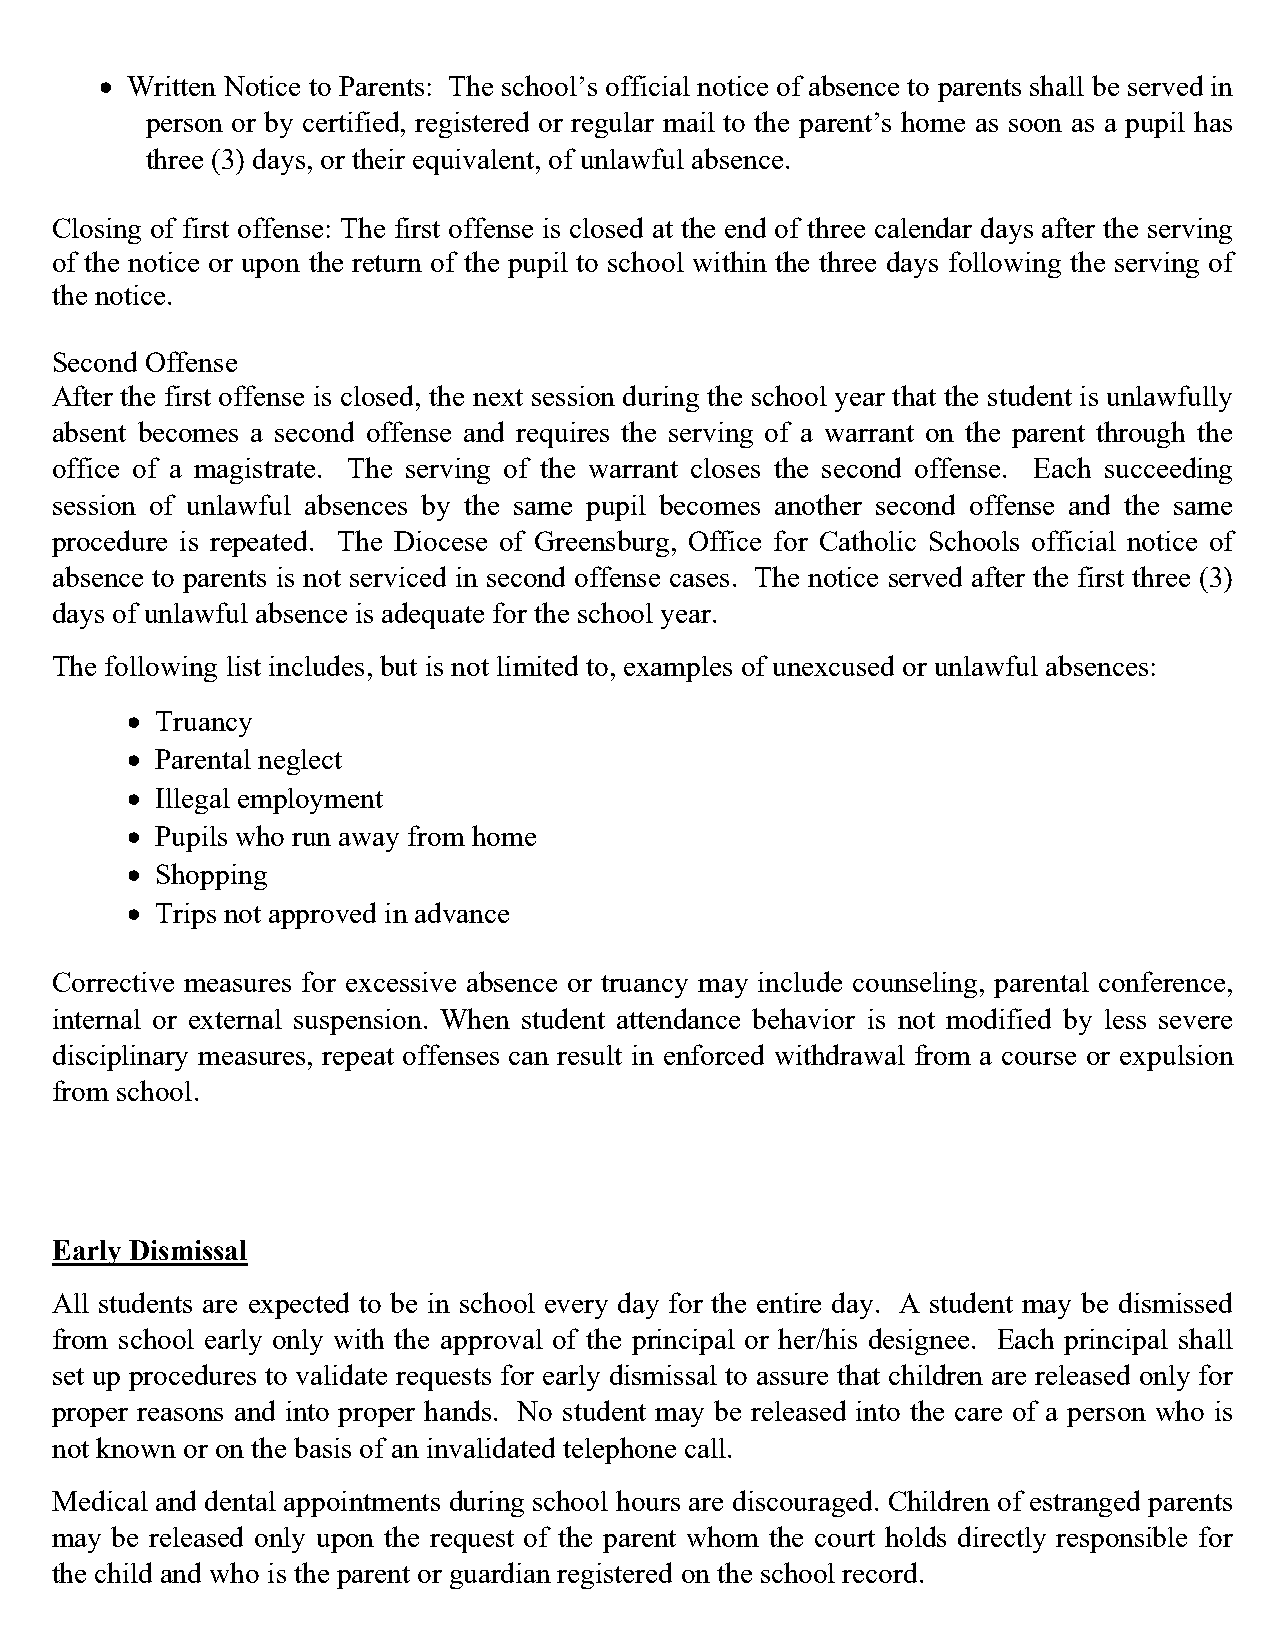
• Written Notice to Parents: The school’s official notice of absence to parents shall be served in
 person or by certified, registered or regular mail to the parent’s home as soon as a pupil has
 three (3) days, or their equivalent, of unlawful absence.
 Closing of first offense: The first offense is closed at the end of three calendar days after the serving
 of the notice or upon the return of the pupil to school within the three days following the serving of
 the notice.
 Second Offense
 After the first offense is closed, the next session during the school year that the student is unlawfully
 absent becomes a second offense and requires the serving of a warrant on the parent through the
 office of a magistrate. The serving of the warrant closes the second offense. Each succeeding
 session of unlawful absences by the same pupil becomes another second offense and the same
 procedure is repeated. The Diocese of Greensburg, Office for Catholic Schools official notice of
 absence to parents is not serviced in second offense cases. The notice served after the first three (3)
 days of unlawful absence is adequate for the school year.
 The following list includes, but is not limited to, examples of unexcused or unlawful absences:
 • Truancy
 • Parental neglect
 • Illegal employment
 • Pupils who run away from home
 • Shopping
 • Trips not approved in advance
 Corrective measures for excessive absence or truancy may include counseling, parental conference,
 internal or external suspension. When student attendance behavior is not modified by less severe
 disciplinary measures, repeat offenses can result in enforced withdrawal from a course or expulsion
 from school.
 Early Dismissal
 All students are expected to be in school every day for the entire day. A student may be dismissed
 from school early only with the approval of the principal or her/his designee. Each principal shall
 set up procedures to validate requests for early dismissal to assure that children are released only for
 proper reasons and into proper hands. No student may be released into the care of a person who is
 not known or on the basis of an invalidated telephone call.
 Medical and dental appointments during school hours are discouraged. Children of estranged parents
 may be released only upon the request of the parent whom the court holds directly responsible for
 the child and who is the parent or guardian registered on the school record.